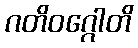
ဂတိဝဂ္ဂေါတိ